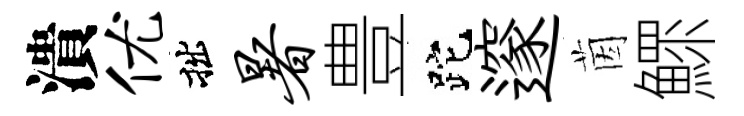
潰优拙暑豊跎邃茵鰥